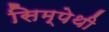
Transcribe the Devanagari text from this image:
सिम्पेथी